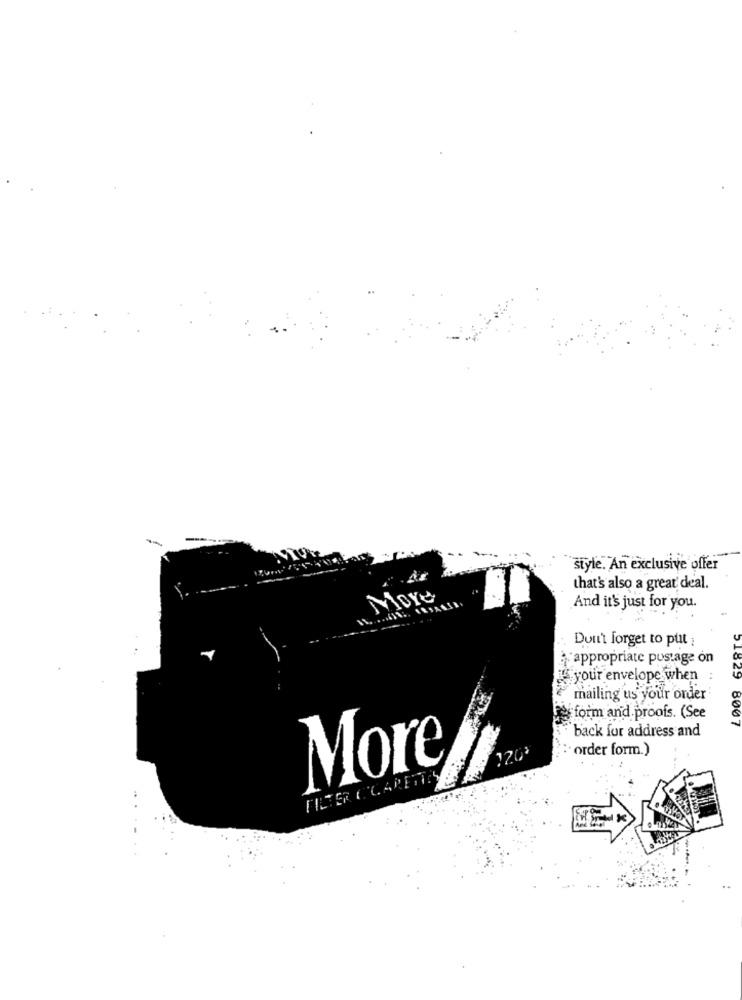
style. An exclusive offer
that's also a great deal.
And it's just for you.
Don't forget to put :
appropriate pustage on
your envelope when
mailing us your order
form and proofs. (See
21829 8007
back for address and
order form.)
More
120
FILTER CIGARETTES